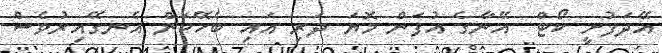
އޭދަފުށީ ކޯޓް  އޭނާގެ އުފަން މޮޔަ ދަރި އައި ބެހޭކަން އެނގޭއިރުވެސް